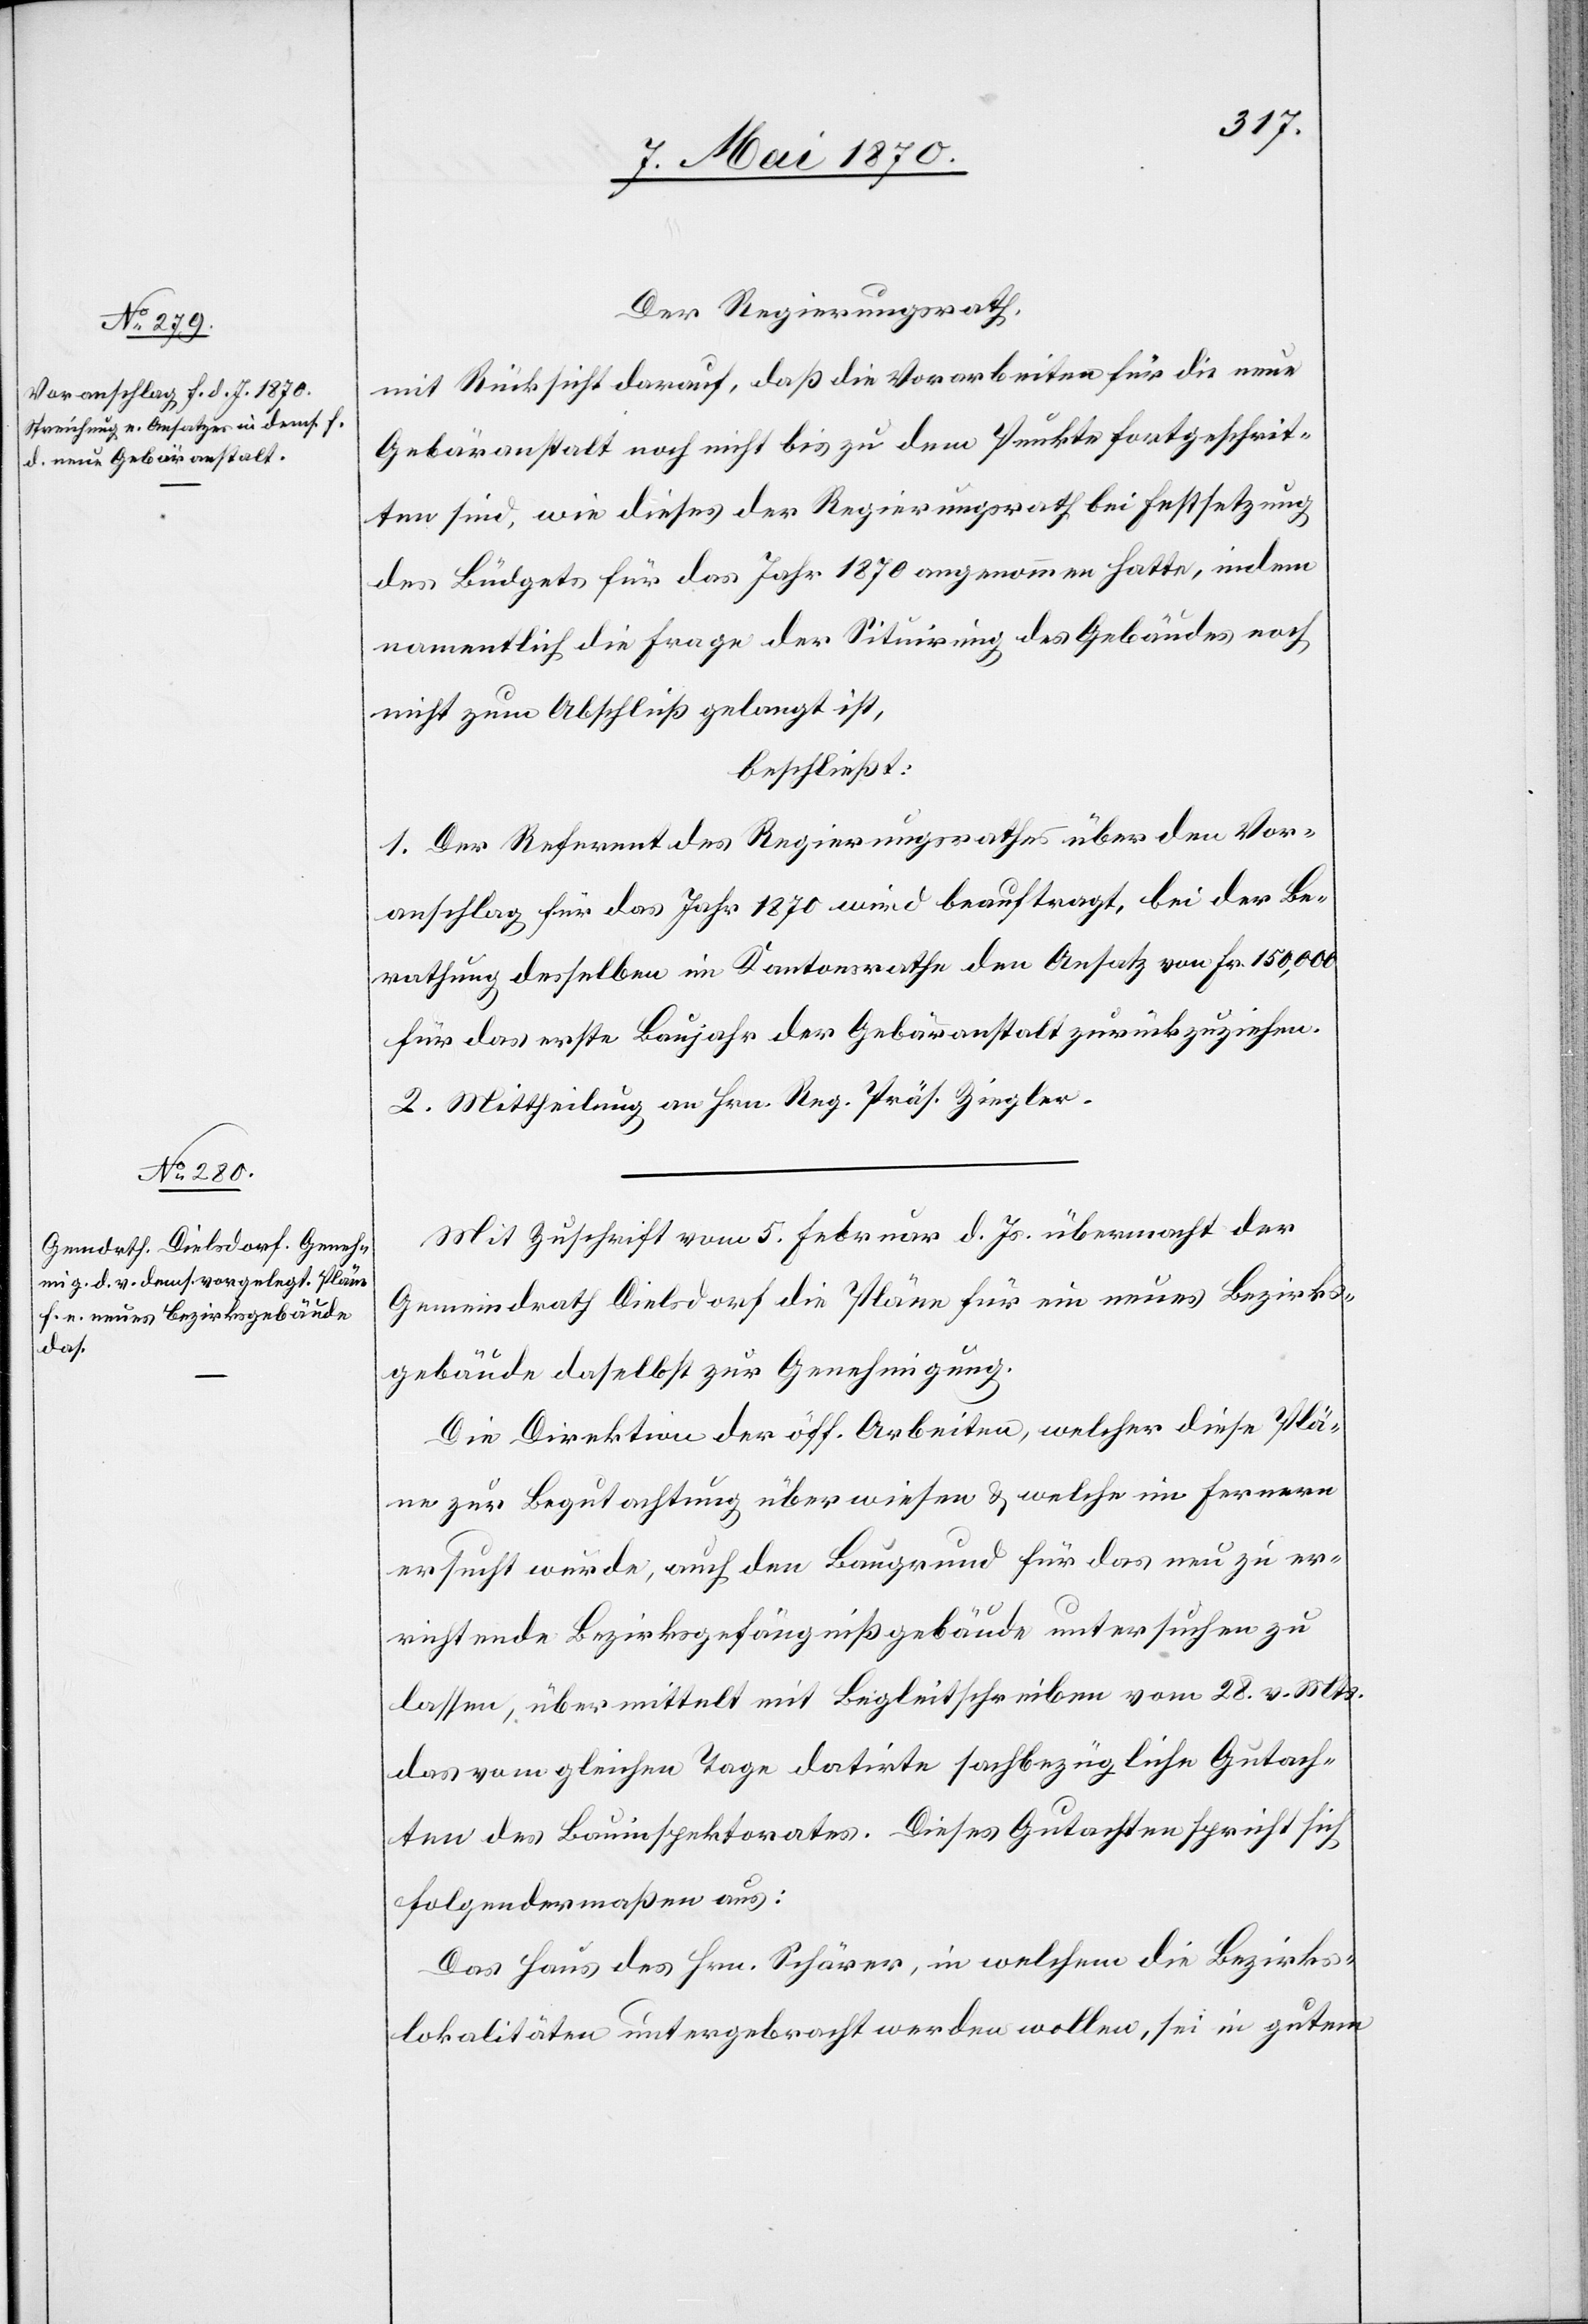
Der Regierungsrath,
mit Rücksicht darauf, daß die Vorarbeiten für die neue
Gebäranstalt noch nicht bis zu dem Punkte fortgeschrit¬
ten sind, wie dieses der Regierungsrath bei Festsetzung
des Büdgets für das Jahr 1870 angenommen hatte, indem
namentlich die Frage der Situirung des Gebäudes noch
nicht zum Abschluß gelangt ist,
beschließt:
1. Der Referent des Regierungsrathes über den Vor¬
anschlag für das Jahr 1870 wird beauftragt, bei der Be¬
rathung desselben im Kantonsrathe den Ansatz von Fr. 150,000
für das erste Baujahr der Gebäranstalt zurückzuziehen.
2. Mittheilung an Hrn. Reg. Präs. Ziegler.
Mit Zuschrift vom 5. Februar d. Js. übermacht der
Gemeindrath Dielsdorf die Pläne für ein neues Bezirks¬
gebäude daselbst zur Genehmigung.
Die Direktion der öff. Arbeiten, welcher diese Plä¬
ne zur Begutachtung überwiesen & welche im Fernern
ersucht wurde, auch den Baugrund für das neu zu er¬
richtende Bezirksgefängnißgebäude untersuchen zu
lassen, übermittelt mit Begleitschreiben vom 28. v. Mts.
das vom gleichen Tage datirte sachbezügliche Gutach¬
ten des Bauinspektorates. Dieses Gutachten spricht sich
folgendermaßen aus:
Das Haus des Hrn. Schärer, in welchem die Bezirks¬
lokalitäten untergebracht werden wollen, sei in gutem